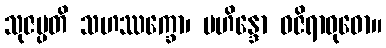
သုဇမ္ပတိ သဟဿက္ခော၊ မဟိန္ဒော ဝဇိရာဝုဓော။